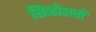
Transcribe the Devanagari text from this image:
सिव्हीलची